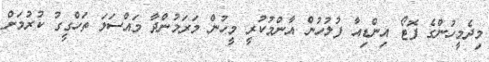
މިދެމީހުންގެ ފޮޓޯ އިންޑިއާ ފުލުހުން އާންމުކުރީ މީހުން މަރަމުންދާ މައްސަލަ ތަހްގީގު ކުރުމަށް